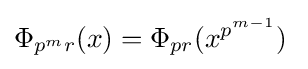
\Phi _{p^{m}r}(x)=\Phi _{pr}(x^{p^{m-1}})\;